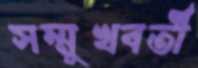
সম্মুখবর্তী